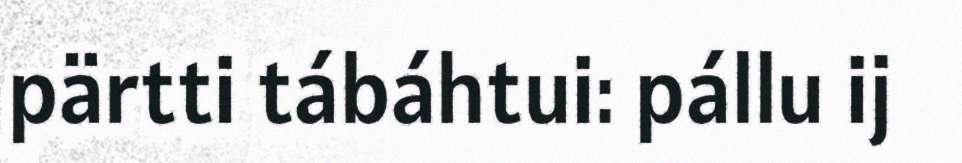
pärtti tábáhtui: pállu ij